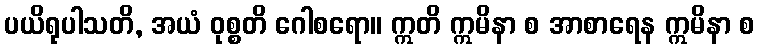
ပယိရုပါသတိ, အယံ ဝုစ္စတိ ဂေါစရော။ ဣတိ ဣမိနာ စ အာစာရေန ဣမိနာ စ